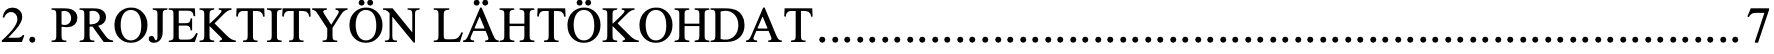
2. PROJEKTITYÖN LÄHTÖKOHDAT .......................................................................... 7